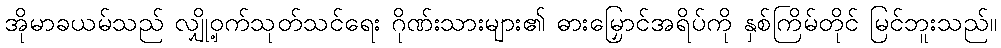
အိုမာခယမ်သည် လျှို့ဝှက်သုတ်သင်ရေး ဂိုဏ်းသားများ၏ ဓားမြှောင်အရိပ်ကို နှစ်ကြိမ်တိုင် မြင်ဘူးသည်။